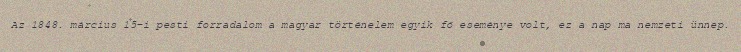
Az 1848. március 15-i pesti forradalom a magyar történelem egyik fő eseménye volt, ez a nap ma nemzeti ünnep.